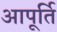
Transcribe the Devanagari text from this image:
आपूर्ति